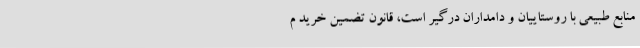
منابع طبیعی با روستاییان و دامداران درگیر است، قانون تضمین خرید م